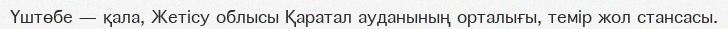
Үштөбе — қала, Жетісу облысы Қаратал ауданының орталығы, темір жол стансасы.